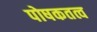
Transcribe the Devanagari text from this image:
पोषकतत्व